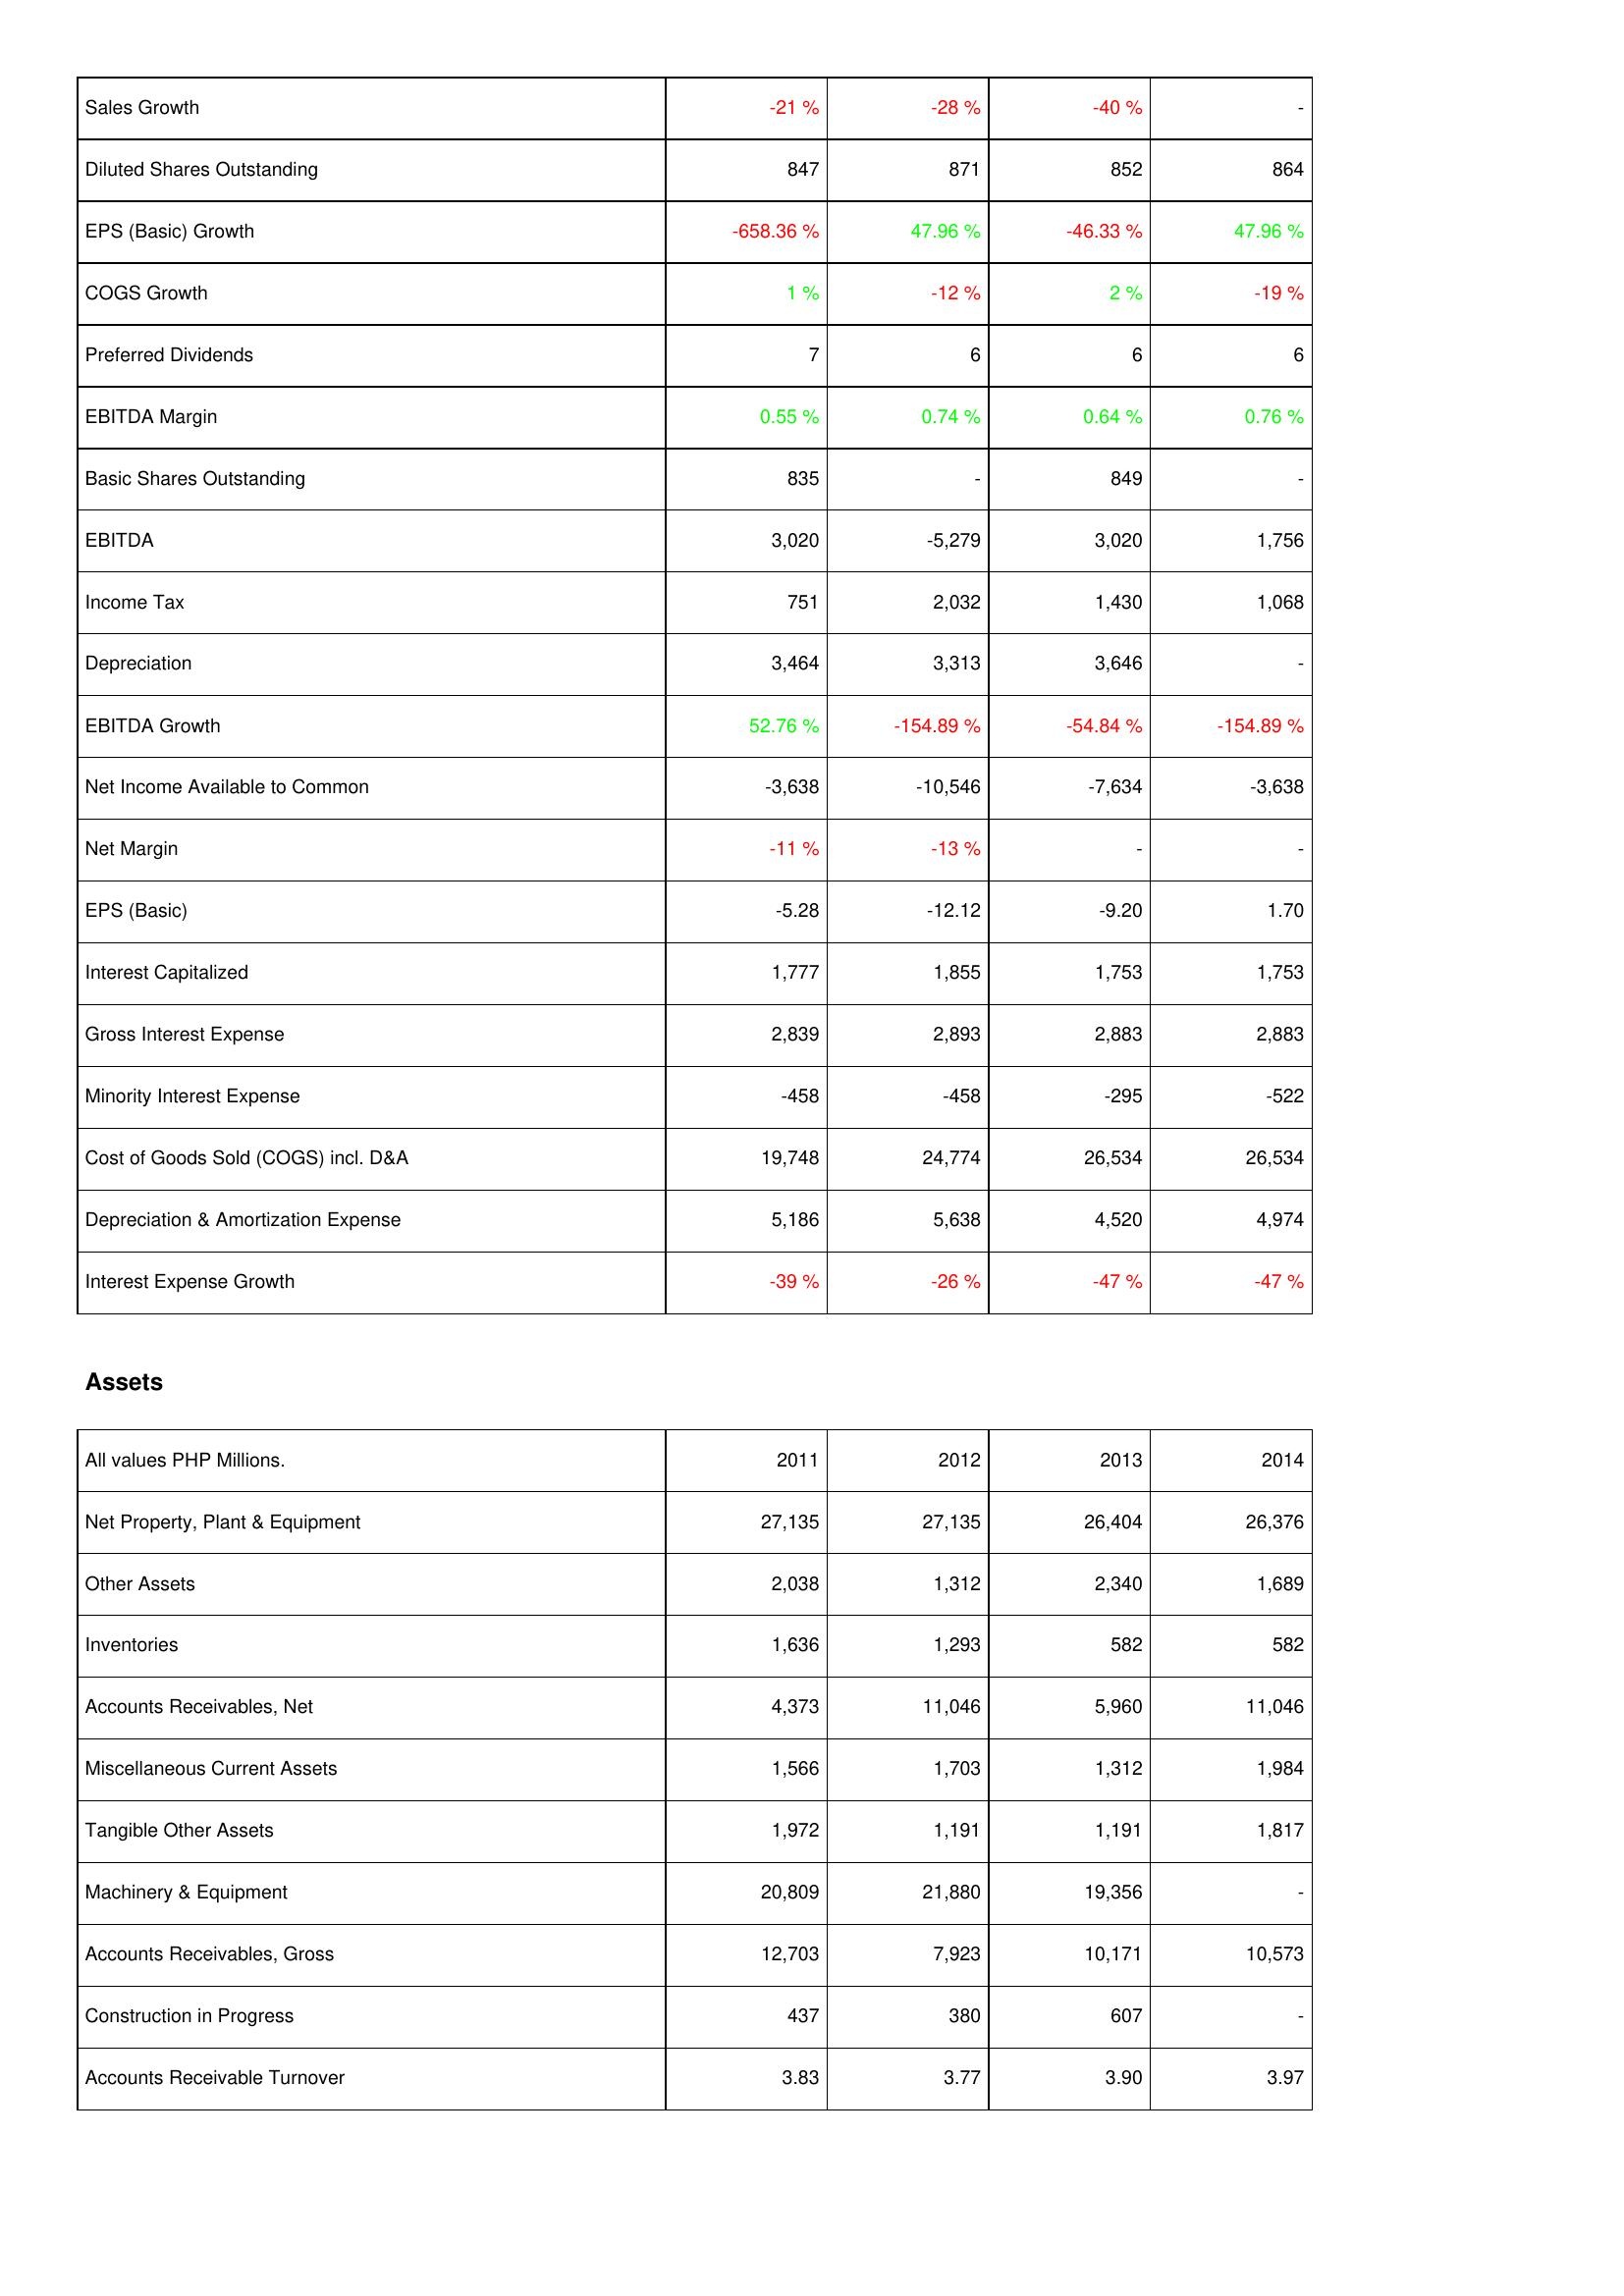
2011: Income Statement: Sales Growth: -21 %
Diluted Shares Outstanding: 847
EPS (Basic) Growth: -658.36 %
COGS Growth: 1 %
Preferred Dividends: 7
EBITDA Margin: 0.55 %
Basic Shares Outstanding: 835
EBITDA: 3,020
Income Tax: 751
Depreciation: 3,464
EBITDA Growth: 52.76 %
Net Income Available to Common: -3,638
Net Margin: -11 %
EPS (Basic): -5.28
Interest Capitalized: 1,777
Gross Interest Expense: 2,839
Minority Interest Expense: -458
Cost of Goods Sold (COGS) incl. D&A: 19,748
Depreciation & Amortization Expense: 5,186
Interest Expense Growth: -39 %
Assets: Net Property, Plant & Equipment: 27,135
Other Assets: 2,038
Inventories: 1,636
Accounts Receivables, Net: 4,373
Miscellaneous Current Assets: 1,566
Tangible Other Assets: 1,972
Machinery & Equipment: 20,809
Accounts Receivables, Gross: 12,703
Construction in Progress: 437
Accounts Receivable Turnover: 3.83
2012: Income Statement: Sales Growth: -28 %
Diluted Shares Outstanding: 871
EPS (Basic) Growth: 47.96 %
COGS Growth: -12 %
Preferred Dividends: 6
EBITDA Margin: 0.74 %
Basic Shares Outstanding: -
EBITDA: -5,279
Income Tax: 2,032
Depreciation: 3,313
EBITDA Growth: -154.89 %
Net Income Available to Common: -10,546
Net Margin: -13 %
EPS (Basic): -12.12
Interest Capitalized: 1,855
Gross Interest Expense: 2,893
Minority Interest Expense: -458
Cost of Goods Sold (COGS) incl. D&A: 24,774
Depreciation & Amortization Expense: 5,638
Interest Expense Growth: -26 %
Assets: Net Property, Plant & Equipment: 27,135
Other Assets: 1,312
Inventories: 1,293
Accounts Receivables, Net: 11,046
Miscellaneous Current Assets: 1,703
Tangible Other Assets: 1,191
Machinery & Equipment: 21,880
Accounts Receivables, Gross: 7,923
Construction in Progress: 380
Accounts Receivable Turnover: 3.77
2013: Income Statement: Sales Growth: -40 %
Diluted Shares Outstanding: 852
EPS (Basic) Growth: -46.33 %
COGS Growth: 2 %
Preferred Dividends: 6
EBITDA Margin: 0.64 %
Basic Shares Outstanding: 849
EBITDA: 3,020
Income Tax: 1,430
Depreciation: 3,646
EBITDA Growth: -54.84 %
Net Income Available to Common: -7,634
Net Margin: -
EPS (Basic): -9.20
Interest Capitalized: 1,753
Gross Interest Expense: 2,883
Minority Interest Expense: -295
Cost of Goods Sold (COGS) incl. D&A: 26,534
Depreciation & Amortization Expense: 4,520
Interest Expense Growth: -47 %
Assets: Net Property, Plant & Equipment: 26,404
Other Assets: 2,340
Inventories: 582
Accounts Receivables, Net: 5,960
Miscellaneous Current Assets: 1,312
Tangible Other Assets: 1,191
Machinery & Equipment: 19,356
Accounts Receivables, Gross: 10,171
Construction in Progress: 607
Accounts Receivable Turnover: 3.90
2014: Income Statement: Sales Growth: -
Diluted Shares Outstanding: 864
EPS (Basic) Growth: 47.96 %
COGS Growth: -19 %
Preferred Dividends: 6
EBITDA Margin: 0.76 %
Basic Shares Outstanding: -
EBITDA: 1,756
Income Tax: 1,068
Depreciation: -
EBITDA Growth: -154.89 %
Net Income Available to Common: -3,638
Net Margin: -
EPS (Basic): 1.70
Interest Capitalized: 1,753
Gross Interest Expense: 2,883
Minority Interest Expense: -522
Cost of Goods Sold (COGS) incl. D&A: 26,534
Depreciation & Amortization Expense: 4,974
Interest Expense Growth: -47 %
Assets: Net Property, Plant & Equipment: 26,376
Other Assets: 1,689
Inventories: 582
Accounts Receivables, Net: 11,046
Miscellaneous Current Assets: 1,984
Tangible Other Assets: 1,817
Machinery & Equipment: -
Accounts Receivables, Gross: 10,573
Construction in Progress: -
Accounts Receivable Turnover: 3.97